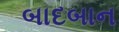
બાદબાન